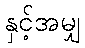
နှင့်အမျှ